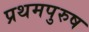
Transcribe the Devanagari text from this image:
प्रथमपुरुष